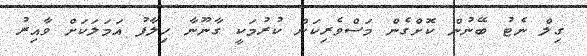
ގިލް ނެޓު ބޭނުން ކޮށްގެން މަސްވެރިކަން ކުރުމަކީ ގާނޫނާ ހިލާފު އަމަލަކަށް ވާއިރު